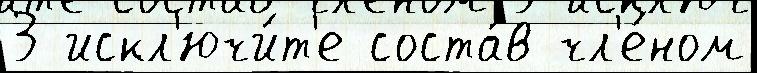
3 искл'ючи́т'е соста́в чл'е́ном